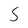
Character: 5